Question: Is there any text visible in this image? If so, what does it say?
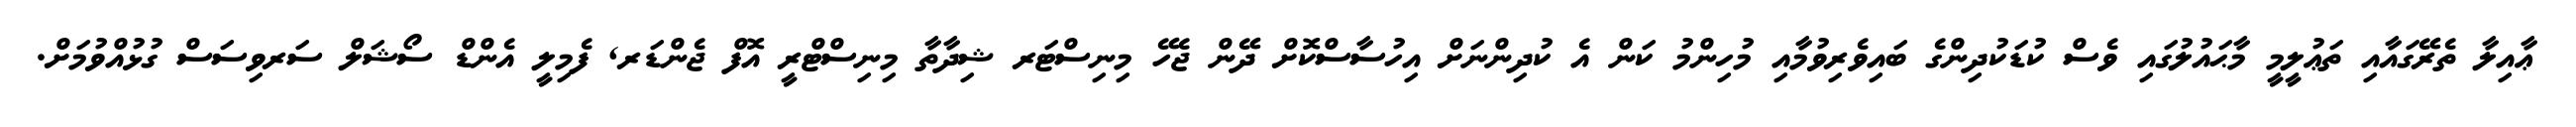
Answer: ޢާއިލާ ތެރޭގައާއި ތަޢުލީމީ މާޙައުލުގައި ވެސް ކުޑަކުދިންގެ ބައިވެރިވުމާއި މުހިންމު ކަން އެ ކުދިންނަށް އިހުސާސްކޮށް ދޭން ޖެހޭ މިނިސްޓަރ ޝިދާތާ މިނިސްޓްރީ އޮފް ޖެންޑަރ, ފެމިލީ އެންޑް ސޯޝަލް ސަރވިސަސް ގުޅުއްވުމަށް.